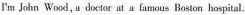
!'m John Wood,a doctor at a famous Boston hospital.